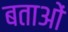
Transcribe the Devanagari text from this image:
बताओं